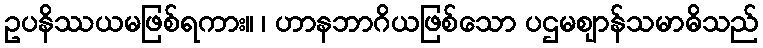
ဥပနိဿယမဖြစ်ရကား။ ၊ ဟာနဘာဂိယဖြစ်သော ပဌမဈာန်သမာဓိသည်